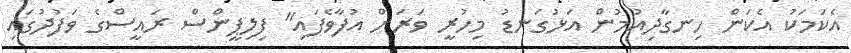
އެކަމަކު އެކަން ހިނގާދިއުމުން އަޅުގަނޑު މިހުރީ ވަރަށް އުފާވެފައި" ފިލިޕީންސް ރައީސްގެ ވަފުދުގައި